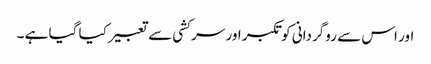
اور اس سے روگردانی کو تکبر اور سر کشی سے تعبیر کیا گیا ہے ۔